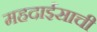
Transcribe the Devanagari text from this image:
महदाईसाची